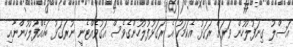
އަސްލު ގިނަފުލުހުން ވަރަށް ރަގަޅު އެކަމަކު އެ ރަގަޅުފުލުހުންގެވެސް އަގުވެއްޓެނީ ނުރަގަޅު ބައެއްފުލުހުންނާއި